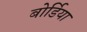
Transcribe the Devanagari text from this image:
बोर्डिया